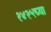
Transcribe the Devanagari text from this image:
१४२५च्या